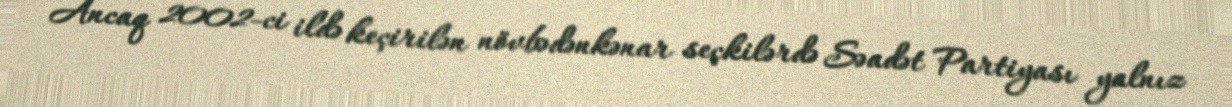
Ancaq 2002-ci ildə keçirilən növbədənkənar seçkilərdə Səadət Partiyası yalnız